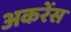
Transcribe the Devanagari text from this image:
अकरेंस